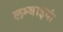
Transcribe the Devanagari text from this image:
लम्बाइयां